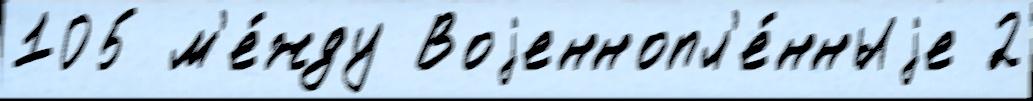
105 м'е́жду Воjеннопл'е́нныjе 2